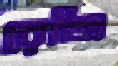
রেজি